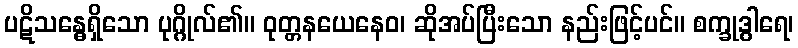
ပဋိသန္ဓေရှိသော ပုဂ္ဂိုလ်၏။ ဝုတ္တနယေနေဝ၊ ဆိုအပ်ပြီးသော နည်းဖြင့်ပင်။ စက္ခုဒွါရေ၊